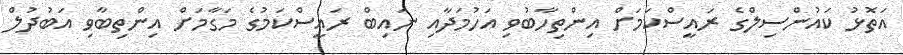
އަތޮޅު ކައުންސިލްގެ ރައީސްކަމަށް އިންތިހާބުވި އަހުމަދާއި ނައިބް ރައީސްކަމުގެ މަގާމަށް އިންތިބާވި އަބުދުލް